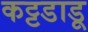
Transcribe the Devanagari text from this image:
कट्टडाडू